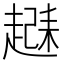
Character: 𬦗